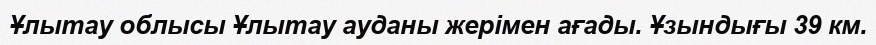
Ұлытау облысы Ұлытау ауданы жерімен ағады. Ұзындығы 39 км.